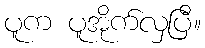
ပူက ပူအိုက်လှပြီ။